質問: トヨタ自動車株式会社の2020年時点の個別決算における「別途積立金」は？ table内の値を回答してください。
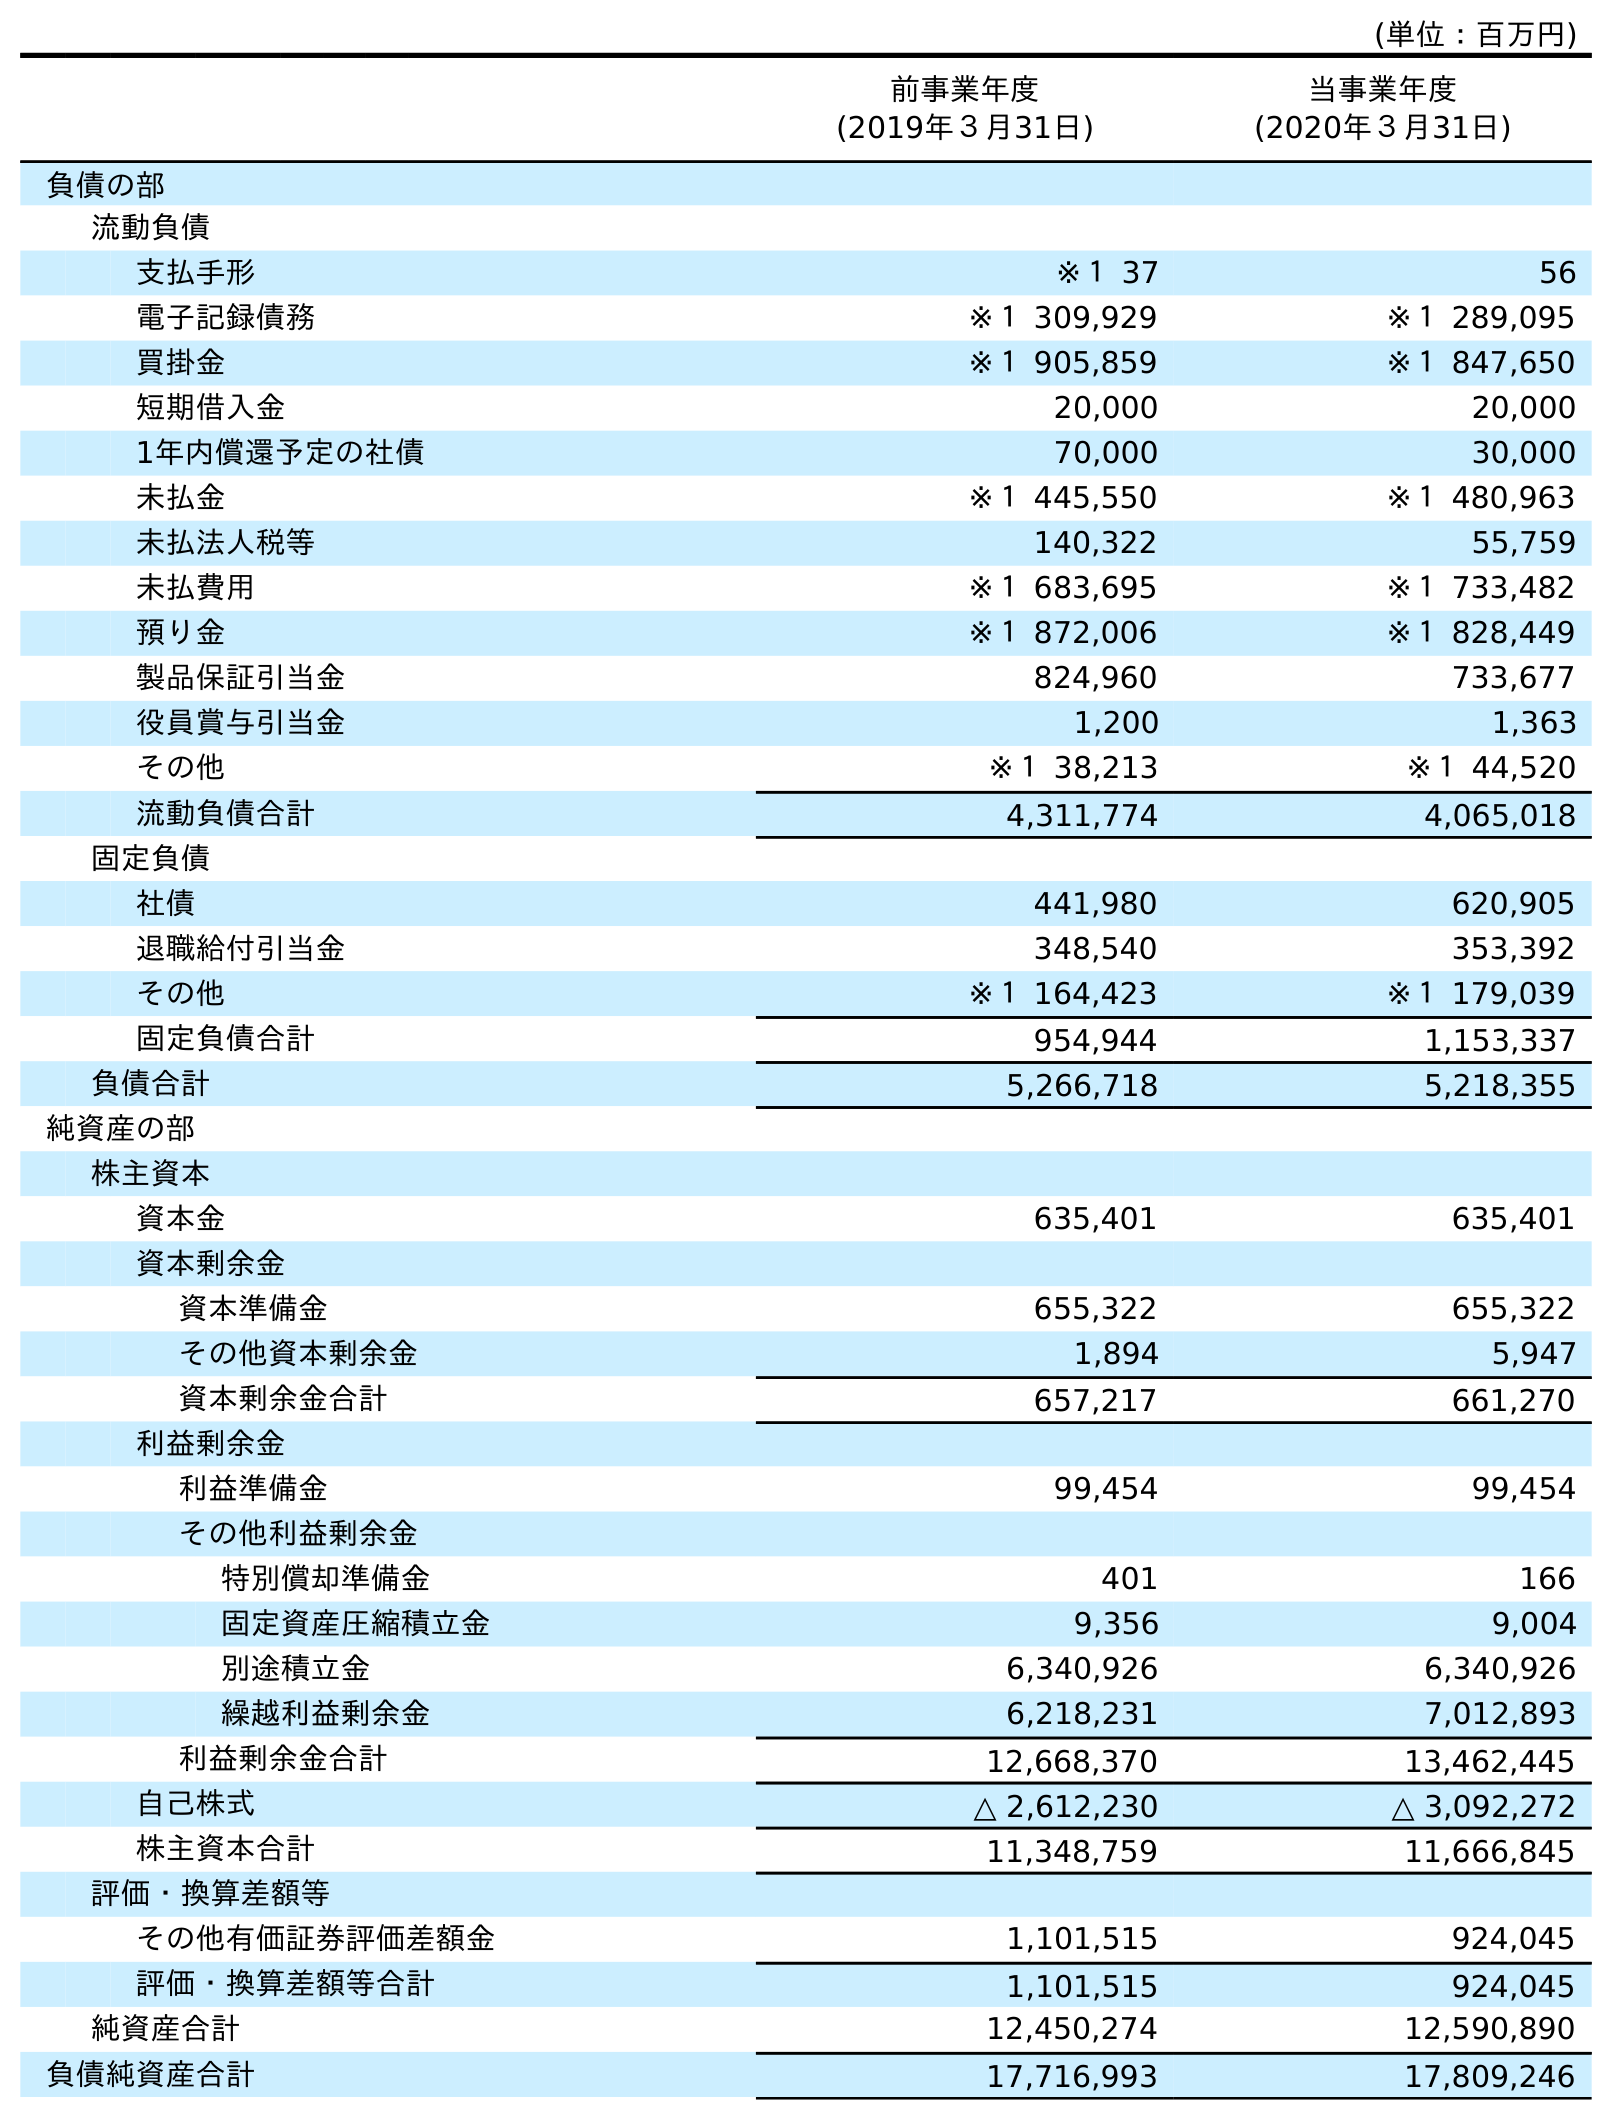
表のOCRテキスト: (単位：百万円) 前事業年度 (2019年３月31日) 当事業年度 (2020年３月31日) 負債の部 流動負債 支払手形 ※１ 37 56 電子記録債務 ※１ 309,929 ※１ 289,095 買掛金 ※１ 905,859 ※１ 847,650 短期借入金 20,000 20,000 1年内償還予定の社債 70,000 30,000 未払金 ※１ 445,550 ※１ 480,963 未払法人税等 140,322 55,759 未払費用 ※１ 683,695 ※１ 733,482 預り金 ※１ 872,006 ※１ 828,449 製品保証引当金 824,960 733,677 役員賞与引当金 1,200 1,363 その他 ※１ 38,213 ※１ 44,520 流動負債合計 4,311,774 4,065,018 固定負債 社債 441,980 620,905 退職給付引当金 348,540 353,392 その他 ※１ 164,423 ※１ 179,039 固定負債合計 954,944 1,153,337 負債合計 5,266,718 5,218,355 純資産の部 株主資本 資本金 635,401 635,401 資本剰余金 資本準備金 655,322 655,322 その他資本剰余金 1,894 5,947 資本剰余金合計 657,217 661,270 利益剰余金 利益準備金 99,454 99,454 その他利益剰余金 特別償却準備金 401 166 固定資産圧縮積立金 9,356 9,004 別途積立金 6,340,926 6,340,926 繰越利益剰余金 6,218,231 7,012,893 利益剰余金合計 12,668,370 13,462,445 自己株式 △ 2,612,230 △ 3,092,272 株主資本合計 11,348,759 11,666,845 評価・換算差額等 その他有価証券評価差額金 1,101,515 924,045 評価・換算差額等合計 1,101,515 924,045 純資産合計 12,450,274 12,590,890 負債純資産合計 17,716,993 17,809,246
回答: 6,340,926